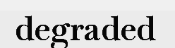
degraded